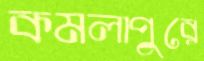
কমলাপুরে